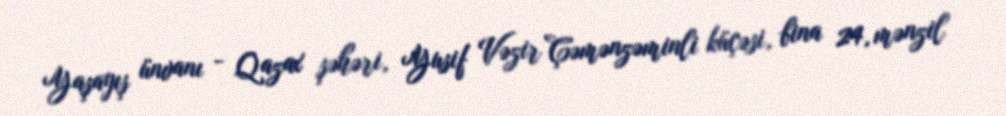
Yaşayış ünvanı - Qazax şəhəri, Yusif Vəzir Çəmənzəminli küçəsi, bina 24, mənzil